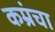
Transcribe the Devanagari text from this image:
कम्रंचा